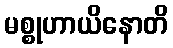
မစ္စုဟာယိနောတိ